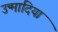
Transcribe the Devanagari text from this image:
उन्मादिया